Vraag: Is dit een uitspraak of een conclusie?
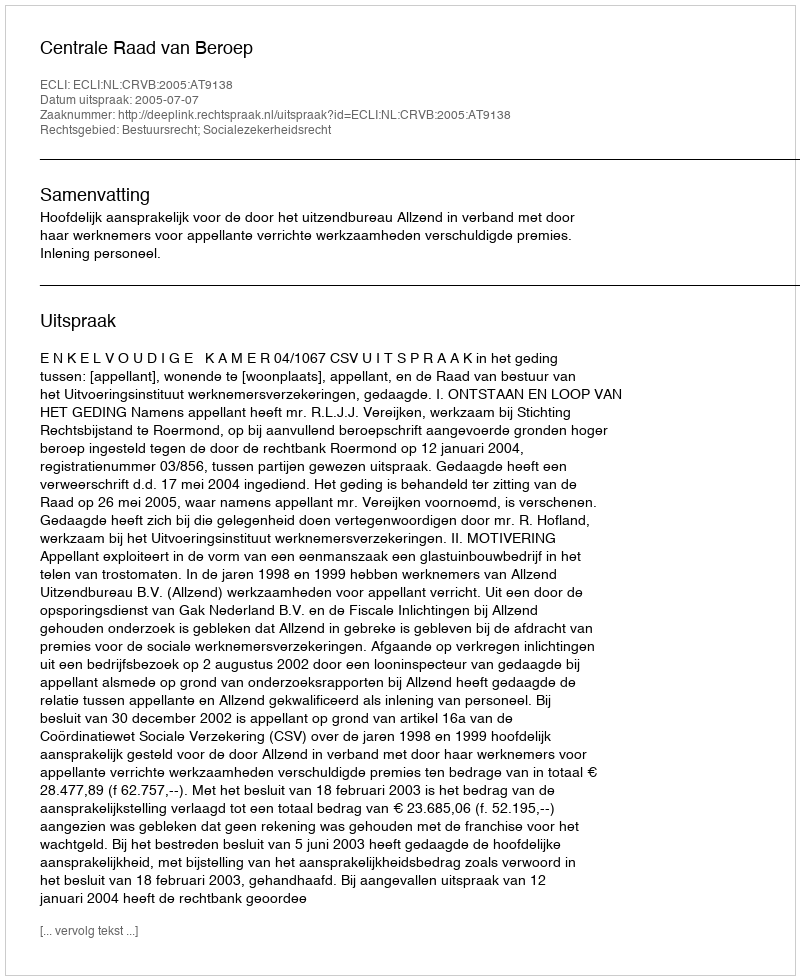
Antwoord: Uitspraak